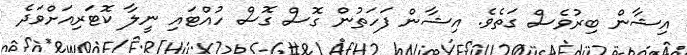
އިޝާން ބިރުވެސް ގަތެވެ. އިޝާން ފަހަތުން ގޮސް ގޮސް ހުއްޓައި ނީލާ ކޮޓަރިއަށްވަދެ